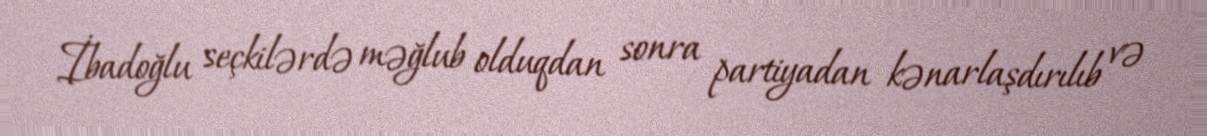
İbadoğlu seçkilərdə məğlub olduqdan sonra partiyadan kənarlaşdırılıb və